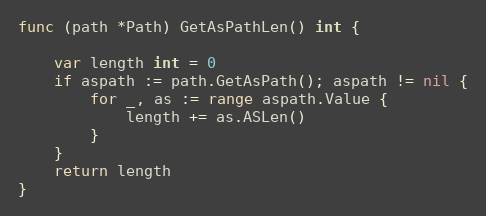
Language: Go
func (path *Path) GetAsPathLen() int {

	var length int = 0
	if aspath := path.GetAsPath(); aspath != nil {
		for _, as := range aspath.Value {
			length += as.ASLen()
		}
	}
	return length
}